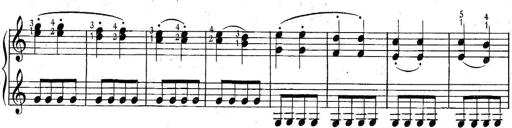
Title: 6 Easy Sonatinas
Composer: Carl Czerny